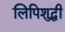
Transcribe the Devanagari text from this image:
लिपिशुद्धी